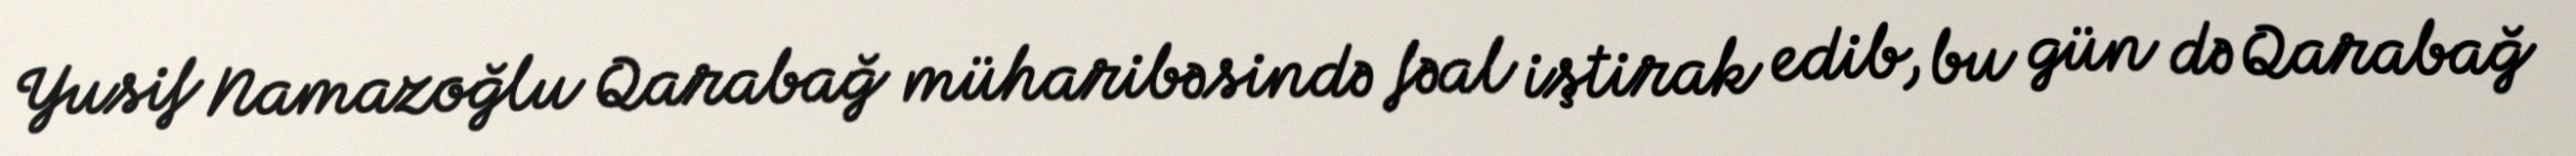
Yusif Namazoğlu Qarabağ müharibəsində fəal iştirak edib, bu gün də Qarabağ